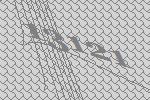
13121